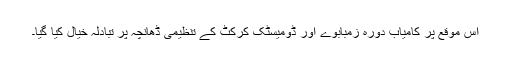
اس موقع پر کامیاب دورہ زمبابوے اور ڈومیسٹک کرکٹ کے تنظیمی ڈھانچہ پر تبادلہ خیال کیا گیا۔